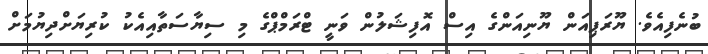
ބުނެފިއެވެ. ޔޫރަޕިއަން ޔޫނިއަންގެ އިސް އޮފިޝަލުން ވަނީ ޓްރަމްޕްގެ މި ސިޔާސަތާއިއެކު ކުރިޔަށްދިޔުމަށް